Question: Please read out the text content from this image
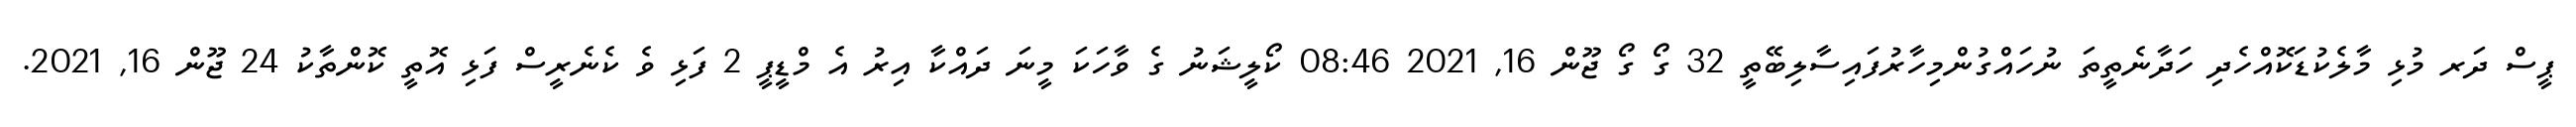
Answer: ޕީސް ދަރ މުޅި މާލެކުޑަކޮއްހެދި ހަދާނެތީތަ ނުހައްގުންމިހާރުފައިސާލިބޭތީ 32 ގޯ ގޯ ޖޫން 16, 2021 08:46 ކޯލީޝަނު ގެ ވާހަކަ މީނަ ދައްކާ އިރު އެ މްޑީޕީ 2 ފަޅި ވެ ކެނެރީސް ފަޅި އޮތީ ކޮންތާކު 24 ޖޫން 16, 2021.